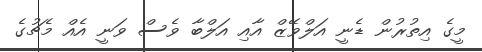
މީގެ އިތުރުން ޑެނީ އަލްވޭޒް އާއި އަލްބާ ވެސް ވަނީ އެއް މެޗުގެ